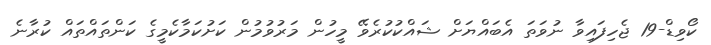
ކޯވިޑް-19 ޖެހިފައިވާ ނުވަތަ އެބައްޔަށް ޝައްކުކުރެވޭ މީހުން މަރުވުމުން ކަށުކަމާކެމީގެ ކަންތައްތައް ކުރާނެ